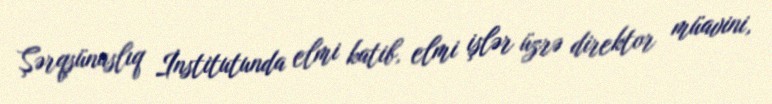
Şərqşünaslıq İnstitutunda elmi katib, elmi işlər üzrə direktor müavini,